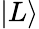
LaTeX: |L\rangle